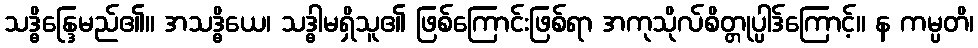
သဒ္ဓိန္ဒြေမည်၏။ အသဒ္ဓိယေ၊ သဒ္ဓါမရှိသူ၏ ဖြစ်ကြောင်းဖြစ်ရာ အကုသိုလ်စိတ္တုပ္ပါဒ်ကြောင့်။ န ကမ္ပတိ၊